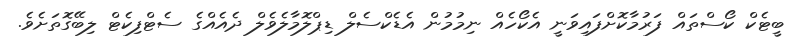
ބީޓެކް ކޯސްތައް ފަރުމާކޮށްފައިވަނީ އެކޯހެއް ނިމުމުން އެޑެކްސެލް ޑިޕްލޮމާލެވެލް ދެއެއްގެ ސެޓްފިކެޓް ލިބޭގޮތަށެވެ.